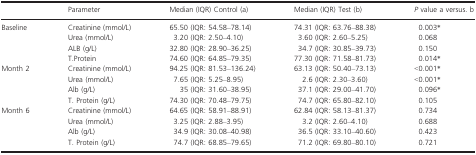
|  | Parameter | Median (IQR) Control (a) | Median (IQR) Test (b) | P value a versus. b |
 | --- | --- | --- | --- | --- |
 | <ROWSPAN=4> Baseline | Creatinine (mmol/L) | 65.50 (IQR: 54.58–78.14) | 74.31 (IQR: 63.76–88.38) | 0.003a |
 | Urea (mmol/L) | 3.20 (IQR: 2.50–4.10) | 3.60 (IQR: 2.60–5.25) | 0.068 |
 | ALB (g/L) | 32.80 (IQR: 28.90–36.25) | 34.7 (IQR: 30.85–39.73) | 0.150 |
 | T.Protein | 74.60 (IQR: 64.85–79.35) | 77.30 (IQR: 71.58–81.73) | 0.014a |
 | <ROWSPAN=4> Month 2 | Creatinine (mmol/L) | 94.25 (IQR: 81.53–136.24) | 63.13 (IQR: 50.40–73.13) | <0.001a |
 | Urea (mmol/L) | 7.65 (IQR: 5.25–8.95) | 2.6 (IQR: 2.30–3.60) | <0.001a |
 | Alb (g/L) | 35 (IQR: 31.60–38.95) | 37.1 (IQR: 29.00–41.70) | 0.096a |
 | T. Protein (g/L) | 74.30 (IQR: 70.48–79.75) | 74.7 (IQR: 65.80–82.10) | 0.105 |
 | <ROWSPAN=4> Month 6 | Creatinine (mmol/L) | 64.65 (IQR: 58.91–88.91) | 62.84 (IQR: 58.13–81.37) | 0.734 |
 | Urea (mmol/L) | 3.25 (IQR: 2.88–3.95) | 3.2 (IQR: 2.60–4.10) | 0.688 |
 | Alb (g/L) | 34.9 (IQR: 30.08–40.98) | 36.5 (IQR: 33.10–40.60) | 0.423 |
 | T. Protein (g/L) | 74.7 (IQR: 68.85–79.65) | 71.2 (IQR: 69.80–80.10) | 0.721 |